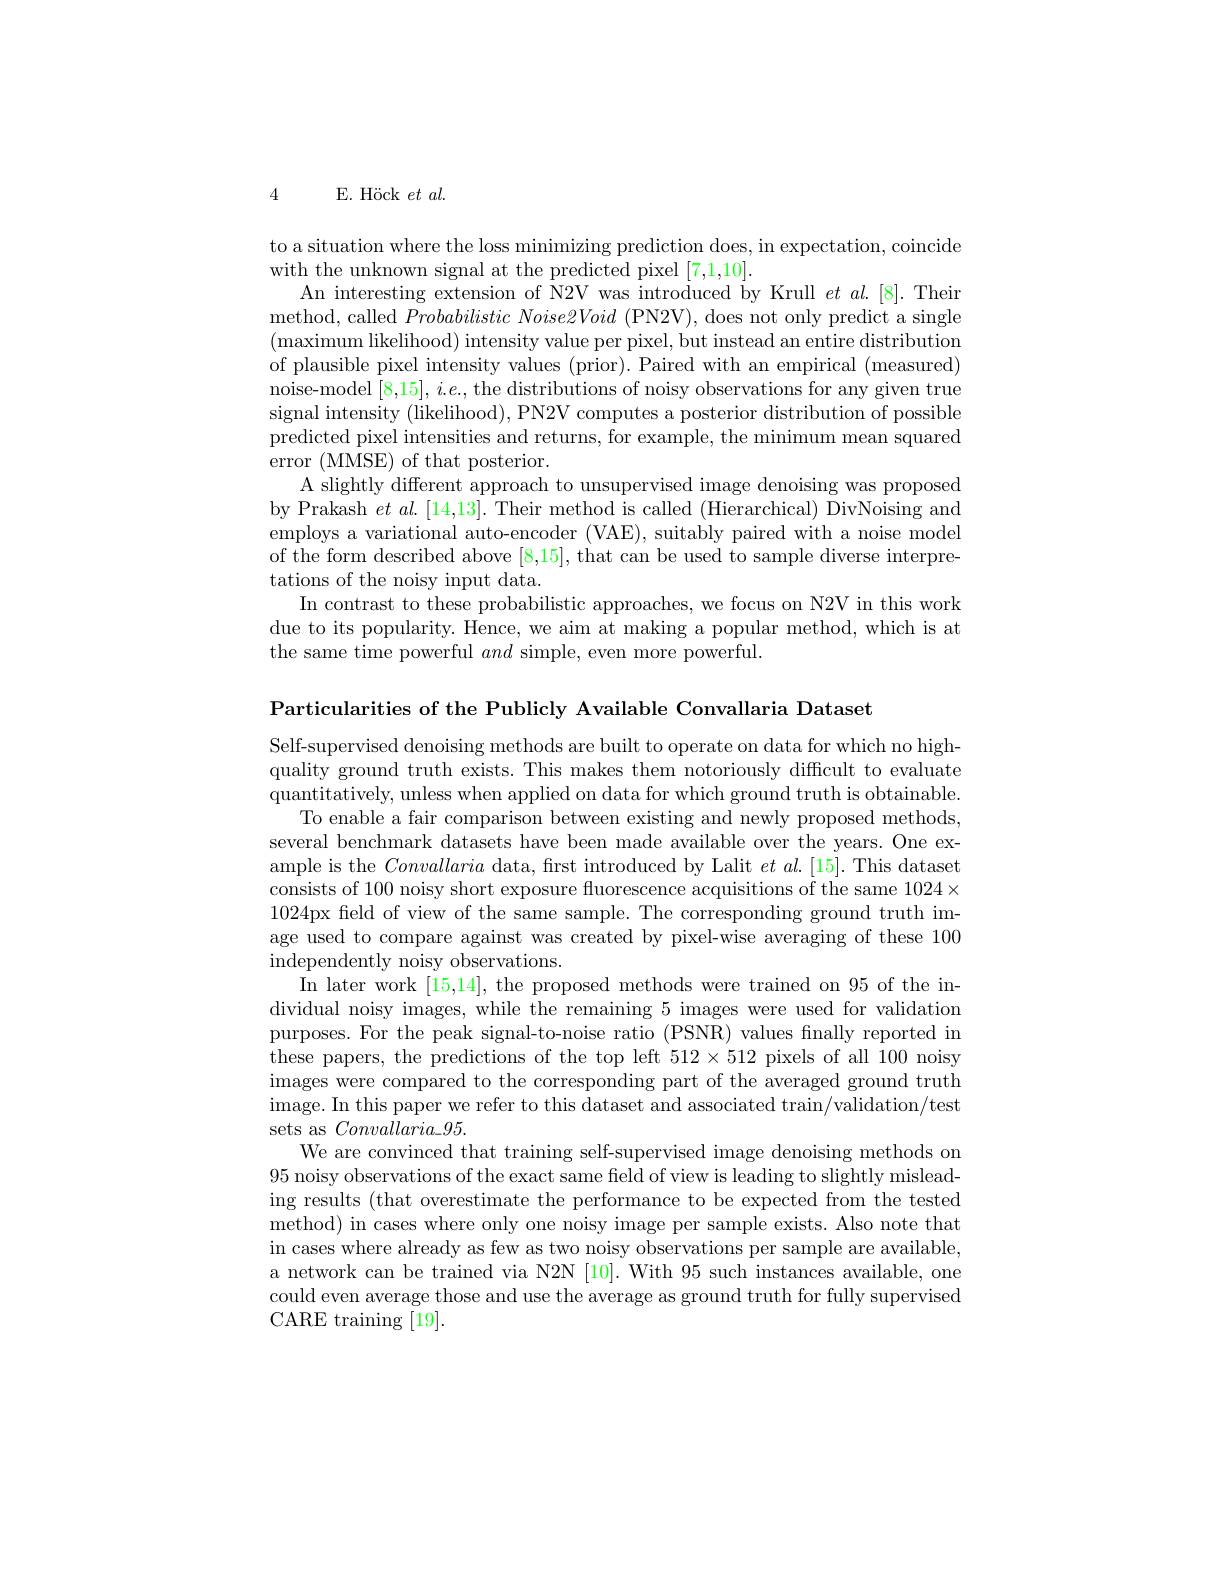
4 E. Höck $et\textit{al}.$

to a situation where the loss minimizing prediction does, in expectation, coincide
with the unknown signal at the predicted pixel [7,1,10]
An interesting extension of N2V was introduced by Krull $et$ $al.[8].$ Their method, called $Probabilistic\textit{ Noise2Void ( PN2V) , does not only predict a single}$ (maximum likelihood) intensity value per pixel, but instead an entire distribution of plausible pixel intensity values (prior). Paired with an empirical (measured) noise-model $[8,15],i.e.$,the distributions of noisy observations for any given true signal intensity (likelihood), PN2V computes a posterior distribution of possible predicted pixel intensities and returns, for example, the minimum mean squared error (MMSE) of that posterior.
A slightly different approach to unsupervised image denoising was proposed by Prakash $et\textit{al. [ 14, 13] . Their method is called ( Hierarchical) DivNoising and}$ employs a variational auto-encoder (VAE), suitably paired with a noise model of the form described above [8,15], that can be used to sample diverse interpretations of the noisy input data.
In contrast to these probabilistic approaches, we focus on N2V in this work due to its popularity. Hence, we aim at making a popular method, which is at the same time powerful and simple, even more powerful.

Particularities of the Publicly Available Convallaria Dataset

Self-supervised denoising methods are built to operate on data for which no highquality ground truth exists. This makes them notoriously difficult to evaluate quantitatively, unless when applied on data for which ground truth is obtainable.
To enable a fair comparison between existing and newly proposed methods several benchmark datasets have been made available over the years. One example is the Convallaria data, first introduced by Lalit $et\textit{al. [ 15] . This dataset}$ consists of 100 noisy short exposure fluorescence acquisitions of the same 1024× 1024px feld of view of the same sample. The corresponding ground truth image used to compare against was created by pixel-wise averaging of these 100 independently noisy observations.
In later work [15,14], the proposed methods were trained on 95 of the individual noisy images, while the remaining 5 images were used for validation purposes. For the peak signal-to-noise ratio (PSNR) values finally reported in these papers, the predictions of the top left $512\times512$ pixels of all 100 noisy images were compared to the corresponding part of the averaged ground truth image. In this paper we refer to this dataset and associated train/validation/test sets as $Convallaria\_95.$
We are convinced that training self-supervised image denoising methods on 95 noisy observations of the exact same field of view is leading to slightly misleading results (that overestimate the performance to be expected from the tested method) in cases where only one noisy image per sample exists. Also note that in cases where already as few as two noisy observations per sample are available, a network can be trained via N2N [10]. With 95 such instances available, one could even average those and use the average as ground truth for fully supervised CARE training [19].